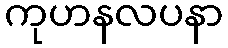
ကုဟနလပနာ